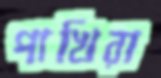
পাখিরা